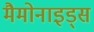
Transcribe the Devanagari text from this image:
मैमोनाइड्स